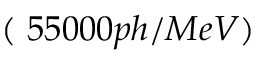
( ~ 5 5 0 0 0 p h / M e V )